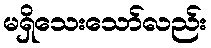
မရှိသေးသော်လည်း